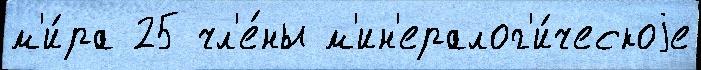
м'и́ра 25 чл'е́ны м'ин'ералог'и́ческоjе